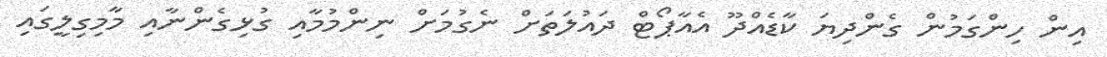
އިން ހިންގަމުން ގެންދިޔަ ކާޑެއްދޫ އެއާޕޯޓް ދައުލަތަށް ނެގުމަށް ނިންމުމާއި ގުޅިގެންނާއި މާމިގިލީގައި